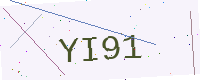
Text: YI91